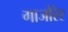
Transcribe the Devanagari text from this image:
गाजोरेर